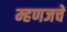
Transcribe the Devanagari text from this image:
म्हणजचे